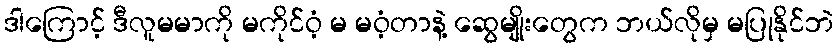
ဒါကြောင့် ဒီလူမမာကို မကိုင်ဝံ့ မ မဝံ့တာနဲ့ ဆွေမျိုးတွေက ဘယ်လိုမှ မပြုနိုင်ဘဲ